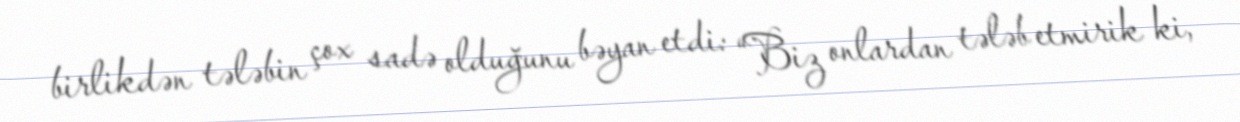
birlikdən tələbin çox sadə olduğunu bəyan etdi: “Biz onlardan tələb etmirik ki,